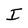
Character: I